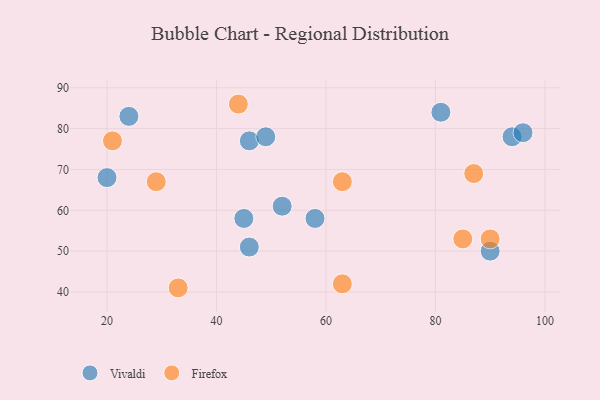
{"axis": {"x": "GDP", "y": "Life Expectancy"}, "legend": ["Firefox", "Vivaldi"], "data": [{"x": "20", "y": 68, "type": "Vivaldi"}, {"x": "94", "y": 78, "type": "Vivaldi"}, {"x": "90", "y": 50, "type": "Vivaldi"}, {"x": "46", "y": 51, "type": "Vivaldi"}, {"x": "52", "y": 61, "type": "Vivaldi"}, {"x": "45", "y": 58, "type": "Vivaldi"}, {"x": "81", "y": 84, "type": "Vivaldi"}, {"x": "58", "y": 58, "type": "Vivaldi"}, {"x": "96", "y": 79, "type": "Vivaldi"}, {"x": "46", "y": 77, "type": "Vivaldi"}, {"x": "49", "y": 78, "type": "Vivaldi"}, {"x": "24", "y": 83, "type": "Vivaldi"}, {"x": "21", "y": 77, "type": "Firefox"}, {"x": "87", "y": 69, "type": "Firefox"}, {"x": "44", "y": 86, "type": "Firefox"}, {"x": "63", "y": 42, "type": "Firefox"}, {"x": "63", "y": 67, "type": "Firefox"}, {"x": "33", "y": 41, "type": "Firefox"}, {"x": "85", "y": 53, "type": "Firefox"}, {"x": "29", "y": 67, "type": "Firefox"}, {"x": "90", "y": 53, "type": "Firefox"}]}